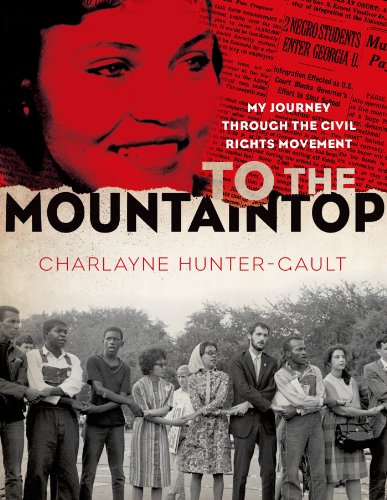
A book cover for To the Mountaintop: My Journey Through the Civil Rights Movement (New York Times); Charlayne Hunter-Gault; Teen & Young Adult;